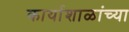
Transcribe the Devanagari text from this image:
कार्याशाळांच्या